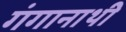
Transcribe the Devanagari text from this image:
गंगानाथी